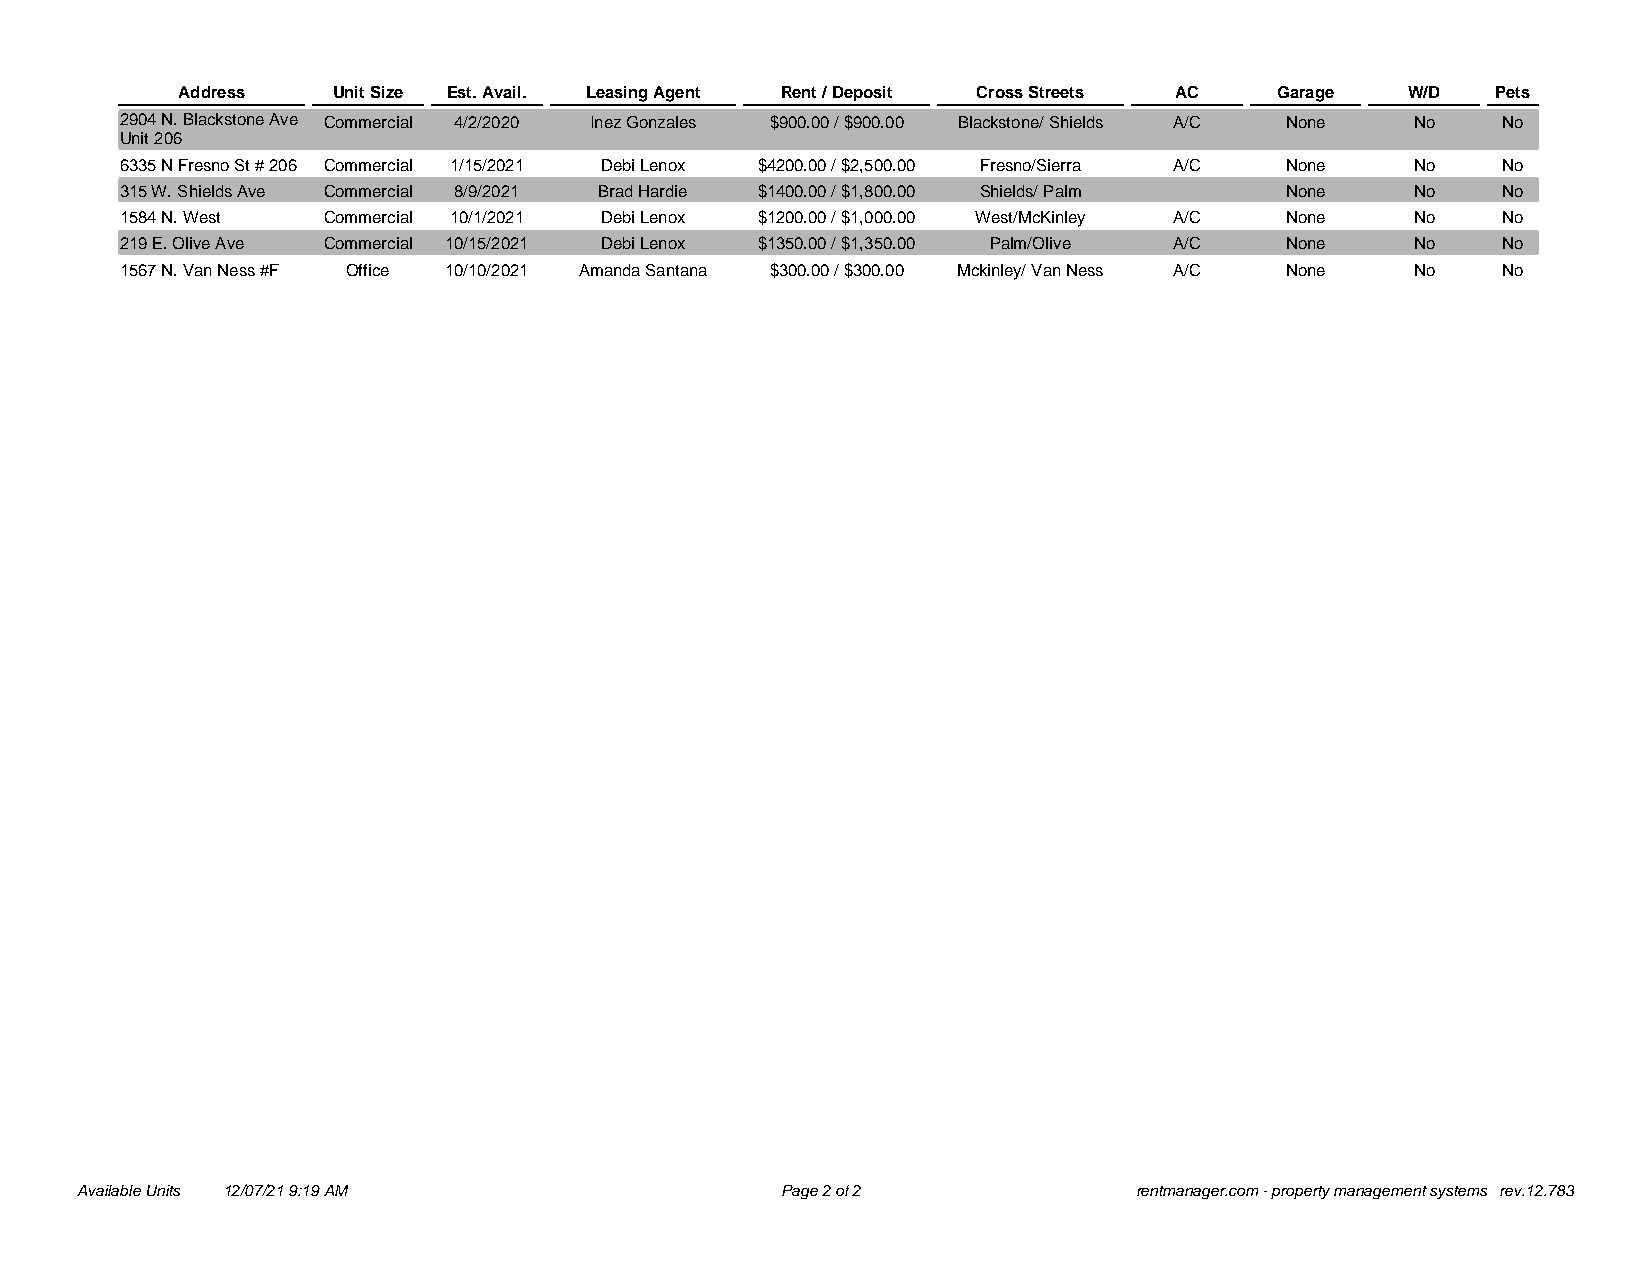
Address   Unit Size Est. Avail. Leasing Agent Rent / Deposit Cross Streets AC Garage W/D Pets
 2904 N. Blackstone Ave Commercial 4/2/2020 Inez Gonzales $900.00 / $900.00 Blackstone/ Shields A/C None No No
 Unit 206
 6335 N Fresno St # 206 Commercial 1/15/2021 Debi Lenox $4200.00 / $2,500.00 Fresno/Sierra A/C None No No
 315 W. Shields Ave Commercial 8/9/2021 Brad Hardie $1400.00 / $1,800.00 Shields/ Palm None No No
 1584 N. West Commercial 10/1/2021 Debi Lenox $1200.00 / $1,000.00 West/McKinley A/C None No No
 219 E. Olive Ave Commercial 10/15/2021 Debi Lenox $1350.00 / $1,350.00 Palm/Olive A/C None No No
 1567 N. Van Ness #F Office 10/10/2021 Amanda Santana $300.00 / $300.00 Mckinley/ Van Ness A/C None No No
 Available Units 12/07/21 9:19 AM               Page 2 of2             rentmanager.com - property management systems rev.12.783